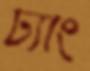
ঢ্যাং